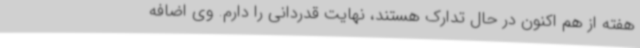
هفته از هم اکنون در حال تدارک هستند، نهایت قدردانی را دارم. وی اضافه